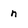
Character: n